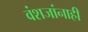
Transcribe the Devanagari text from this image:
वंशजांनाही